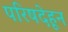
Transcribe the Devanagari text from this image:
परिषदेहून